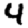
Digit: 4